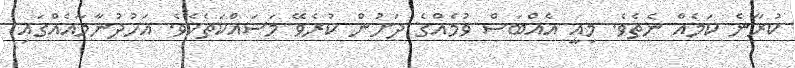
ކުރާނެ ކަމެއް ނެތެވެ. މިއީ އެއްބަސް ވުމެއްގެ ދަށުން ކުރެވޭ މަސައްކަތެކެވެ. އަހުދުނާމާއެއްގައި